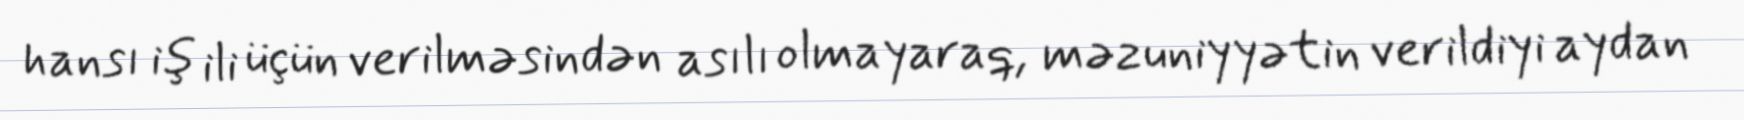
hansı iş ili üçün verilməsindən asılı olmayaraq, məzuniyyətin verildiyi aydan